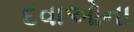
દવાઓના